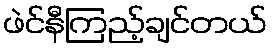
ဖဲင်နီကြည့်ချင်တယ်